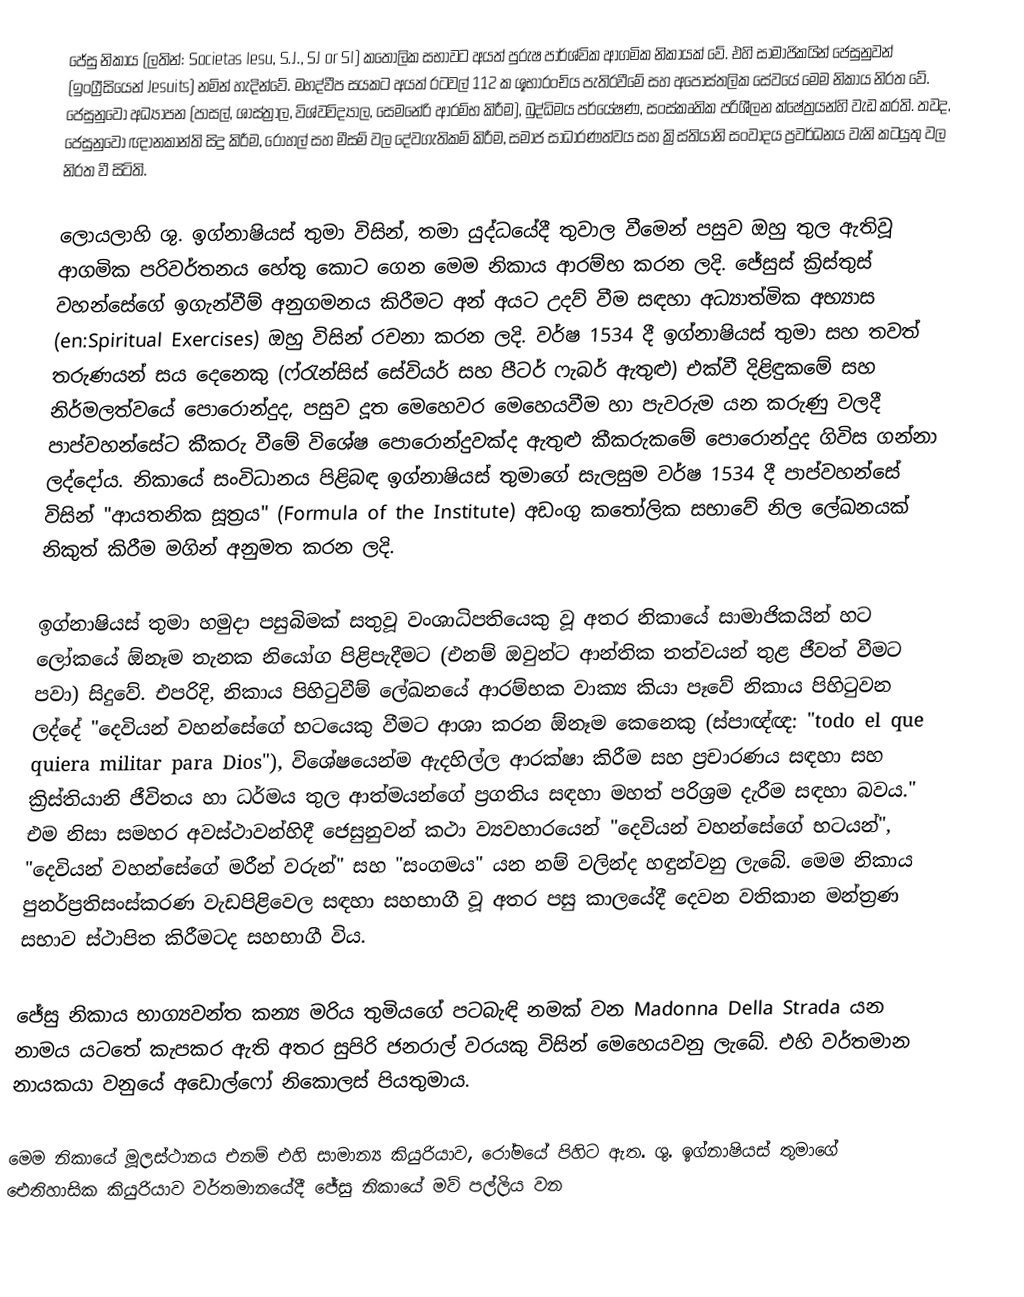
ජේසු නිකාය (ලතින්: Societas Iesu, S.J., SJ or SI) කතෝලික සභාවට අයත් පුරුෂ පාර්ශ්වික ආගමික නිකායක් වේ. එහි සාමාජිකයින් ජෙසුනුවන් (ඉංග්‍රීසියෙන් Jesuits) නමින් හැදින්වේ. මහද්වීප සයකට අයත් රටවල් 112 ක ශූභාරංචිය පැතිරවීමේ සහ අපෝස්තලික සේවයේ මෙම නිකාය නිරත වේ. ජෙසුනුවෝ අධ්‍යාපන (පාසල්, ශාස්ත්‍රාල, විශ්වවිද්‍යාල, සෙමනේරි ආරම්භ කිරීම), බුද්ධිමය පර්යේෂණ, සංස්කෘතික පරිශීලන ක්ෂේත්‍රයන්හි වැඩ කරති. තවද, ජෙසුනුවෝ ඥානකාන්ති සිදු කිරීම, රෝහල් සහ මීසම් වල දේවගැතිකම් කිරීම, සමාජ සාධාරණත්වය සහ ක්‍රිස්තියානි සංවාදය ප්‍රවර්ධනය වැනි කටයුතු වල නිරත වී සිටිති.

ලොයලාහි ශු. ඉග්නාෂියස් තුමා විසින්, තමා යුද්ධයේදී තුවාල වීමෙන් පසුව ඔහු තුල ඇතිවූ ආගමික පරිවර්තනය හේතු කොට ගෙන මෙම නිකාය ආරම්භ කරන ලදි. ජේසුස් ක්‍රිස්තුස් වහන්සේගේ ඉගැන්වීම් අනුගමනය කිරීමට අන් අයට උදව් වීම සඳහා අධ්‍යාත්මික අභ්‍යාස (en:Spiritual Exercises) ඔහු විසින් රචනා කරන ලදි. වර්ෂ 1534 දී ඉග්නාෂියස් තුමා සහ තවත් තරුණයන් සය දෙනෙකු (ෆ්රැන්සිස් සේවියර් සහ පීටර් ෆැබර් ඇතුළු) එක්වී දිළිඳුකමේ සහ නිර්මලත්වයේ පොරොන්දුද, පසුව දූත මෙහෙවර මෙහෙයවීම හා පැවරුම යන කරුණු වලදී පාප්වහන්සේට කීකරු වීමේ විශේෂ පොරොන්දුවක්ද ඇතුළු කීකරුකමේ පොරොන්දුද ගිවිස ගන්නා ලද්දෝය. නිකායේ සංවිධානය පිළිබඳ ඉග්නාෂියස් තුමාගේ සැලසුම වර්ෂ 1534 දී පාප්වහන්සේ විසින් "ආයතනික සූත්‍රය" (Formula of the Institute) අඩංගු කතෝලික සභාවේ නිල ලේඛනයක් නිකුත් කිරීම මගින් අනුමත කරන ලදි.

ඉග්නාෂියස් තුමා හමුදා පසුබිමක් සතුවූ වංශාධිපතියෙකු වූ අතර නිකායේ සාමාජිකයින් හට ලෝකයේ ඕනෑම තැනක නියෝග පිළිපැදීමට (එනම් ඔවුන්ට ආන්තික තත්වයන් තුළ ජීවත් වීමට පවා) සිදුවේ. එපරිදි, නිකාය පිහිටුවීම් ලේඛනයේ ආරම්භක වාක්‍ය කියා පෑවේ නිකාය පිහිටුවන ලද්දේ "දෙවියන් වහන්සේගේ භටයෙකු වීමට ආශා කරන ඕනෑම කෙනෙකු (ස්පාඥ්ඥ: "todo el que quiera militar para Dios"), විශේෂයෙන්ම ඇදහිල්ල ආරක්ෂා කිරීම සහ ප්‍රචාරණය සඳහා සහ ක්‍රිස්තියානි ජීවිතය හා ධර්මය තුල ආත්මයන්ගේ ප්‍රගතිය සඳහා මහත් පරිශ්‍රම දැරීම සඳහා බවය." එම නිසා සමහර අවස්ථාවන්හිදී ජෙසුනුවන් කථා ව්‍යවහාරයෙන් "දෙවියන් වහන්සේගේ භටයන්", "දෙවියන් වහන්සේගේ මරීන් වරුන්" සහ "සංගමය" යන නම් වලින්ද හඳුන්වනු ලැබේ. මෙම නිකාය පුනර්ප්‍රතිසංස්කරණ වැඩපිළිවෙල සඳහා සහභාගී වූ අතර පසු කාලයේදී දෙවන වතිකාන මන්ත්‍රණ සභාව ස්ථාපිත කිරීමටද සහභාගී විය.

ජේසු නිකාය භාග්‍යවන්ත කන්‍ය මරිය තුමියගේ පටබැඳි නමක් වන Madonna Della Strada යන නාමය යටතේ කැපකර ඇති අතර සුපිරි ජනරාල් වරයකු විසින් මෙහෙයවනු ලැබේ. එහි වර්තමාන නායකයා වනුයේ අඩොල්ෆෝ නිකොලස් පියතුමාය.

මෙම නිකායේ මූලස්ථානය එනම් එහි සාමාන්‍ය කියුරියාව, රෝමයේ පිහිට ඇත. ශු. ඉග්නාෂියස් තුමාගේ ඓතිහාසික කියුරියාව වර්තමානයේදී ජේසු නිකායේ මව් පල්ලිය වන